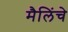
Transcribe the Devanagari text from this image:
मैलिंचे